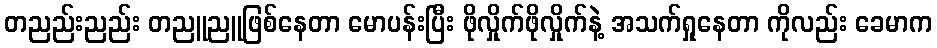
တညည်းညည်း တညူညူဖြစ်နေတာ မောပန်းပြီး ဖိုလှိုက်ဖိုလှိုက်နဲ့ အသက်ရှုနေတာ ကိုလည်း ခေမာက